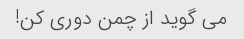
می گوید از چمن دوری کن!